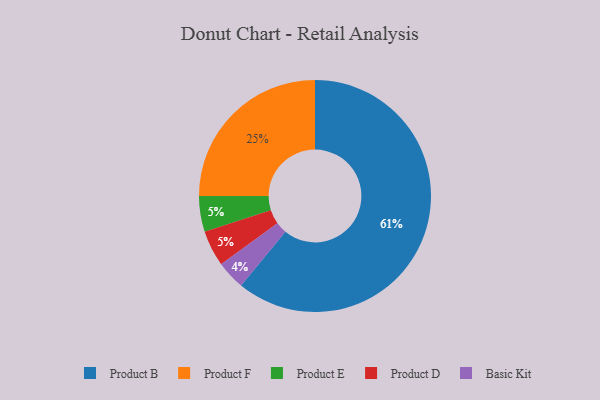
{"axis": {"x": "Category", "y": "Percentage"}, "legend": ["Basic Kit", "Product B", "Product D", "Product E", "Product F"], "data": [{"x": "Basic Kit", "y": 4, "type": "Basic Kit"}, {"x": "Product F", "y": 25, "type": "Product F"}, {"x": "Product B", "y": 61, "type": "Product B"}, {"x": "Product E", "y": 5, "type": "Product E"}, {"x": "Product D", "y": 5, "type": "Product D"}]}